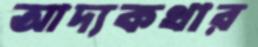
আদ্যকথার